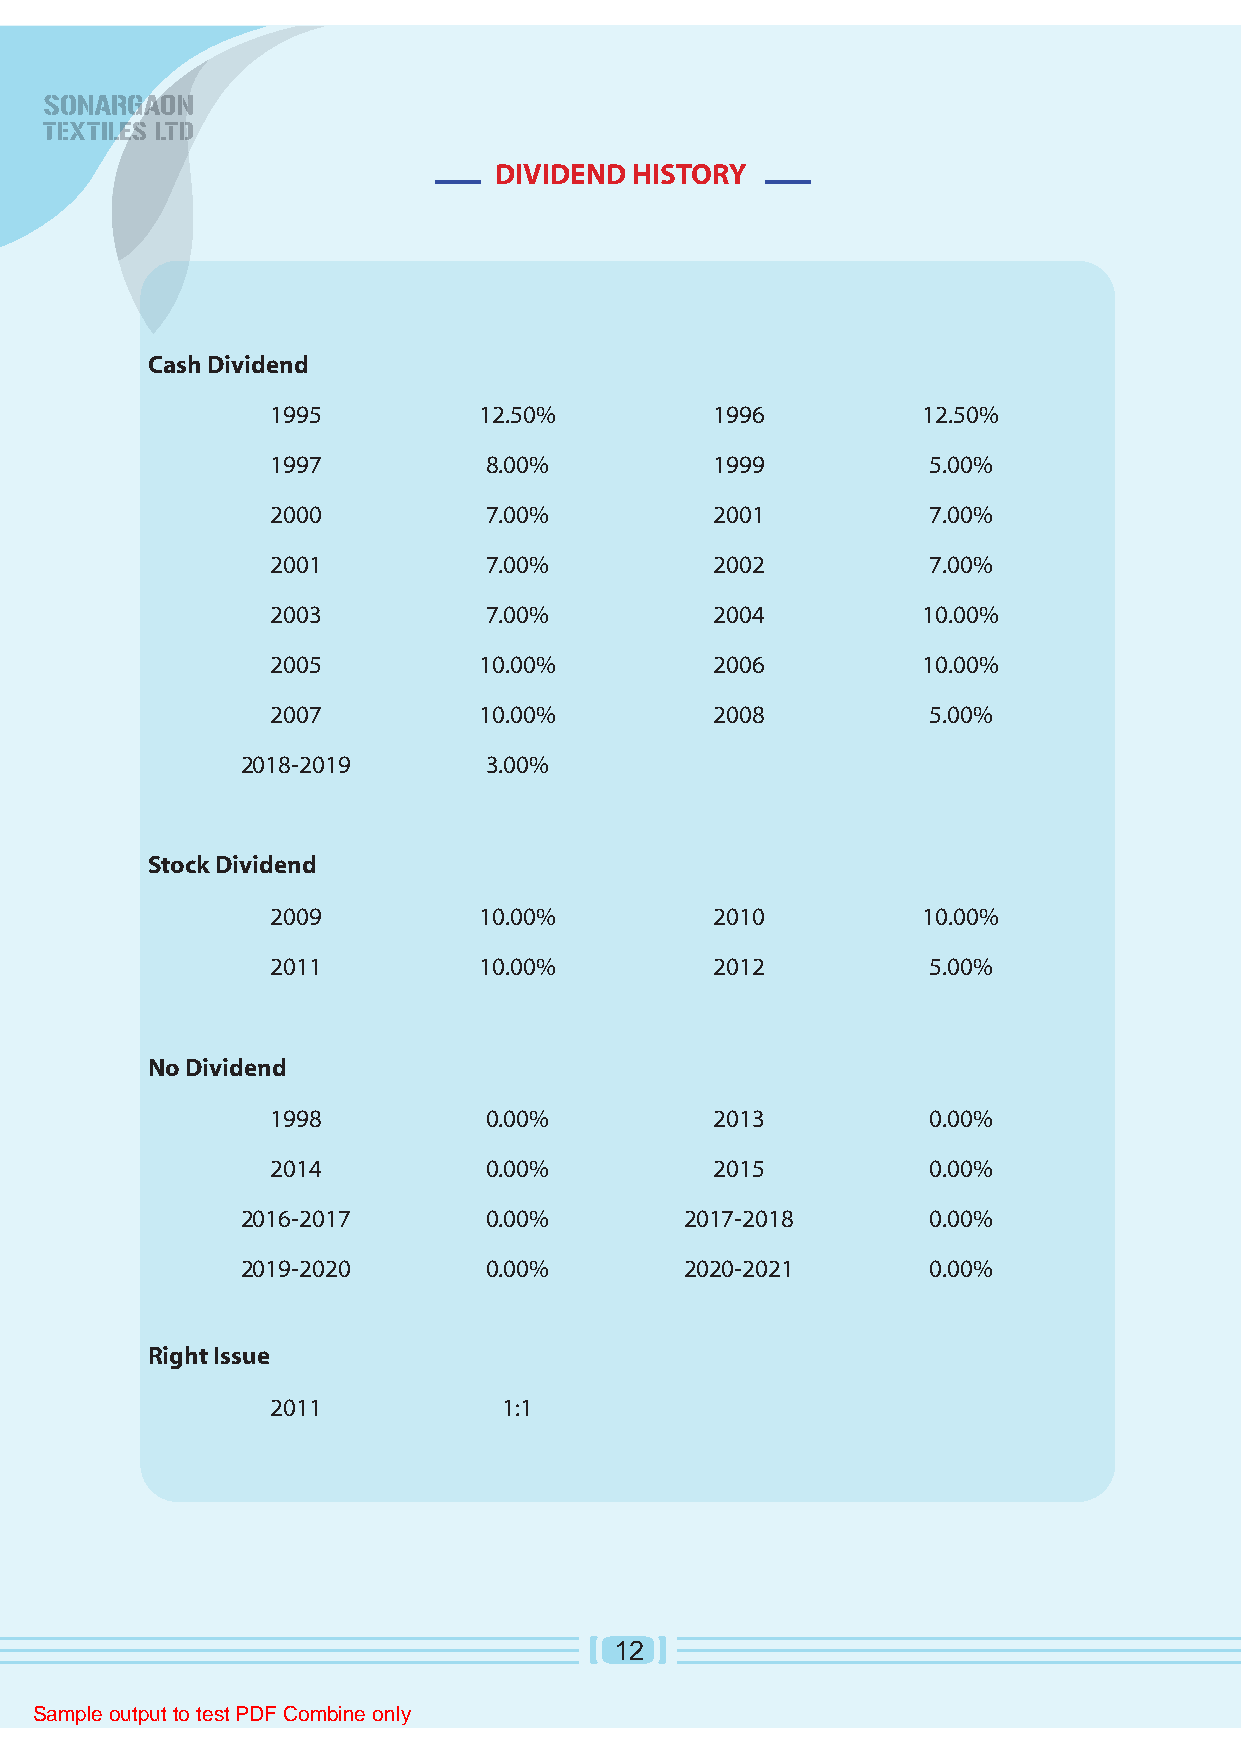
DIVIDEND HISTORY
 Cash Dividend
 1995          12.50%         1996          12.50%
 1997          8.00%          1999          5.00%
 2000          7.00%          2001          7.00%
 2001          7.00%          2002          7.00%
 2003          7.00%          2004          10.00%
 2005          10.00%         2006          10.00%
 2007          10.00%         2008          5.00%
 2018-2019       3.00%
 Stock Dividend
 2009          10.00%         2010          10.00%
 2011          10.00%         2012          5.00%
 No Dividend
 1998          0.00%          2013          0.00%
 2014          0.00%          2015          0.00%
 2016-2017       0.00%        2017-2018       0.00%
 2019-2020       0.00%        2020-2021       0.00%
 Right Issue
 2011           1:1
 12
 Sample output to test PDF Combine only